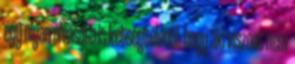
egy olyan olvasata is kétségtelenül, hogy aki viszont nem